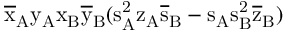
\mathrm { \overline { { x } } _ { A } \mathrm { y _ { A } \mathrm { x _ { B } \mathrm { \overline { { y } } _ { B } ( \mathrm { s _ { A } ^ { 2 } \mathrm { z _ { A } \mathrm { \overline { { s } } _ { B } - \mathrm { s _ { A } \mathrm { s _ { B } ^ { 2 } \mathrm { \overline { { z } } _ { B } ) } } } } } } } } } }